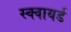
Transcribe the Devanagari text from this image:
स्क्वायर्ड